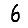
Digit: 6